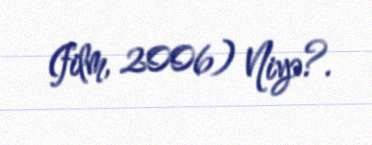
(film, 2006) Niyə?.